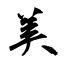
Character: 美